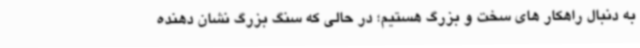
به دنبال راهکار های سخت و بزرگ هستیم؛ در حالی که سنگ بزرگ نشان دهنده